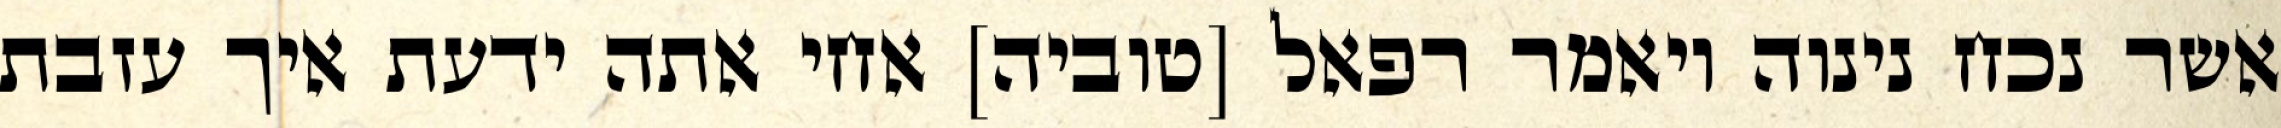
אשר נכח נינוה ויאמר רפאל [טוביה] אחי אתה ידעת איך עזבת